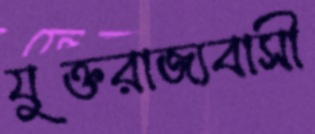
যুক্তরাজ্যবাসী